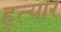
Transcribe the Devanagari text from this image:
ह्त्यार